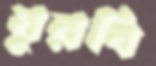
ঘুরবি